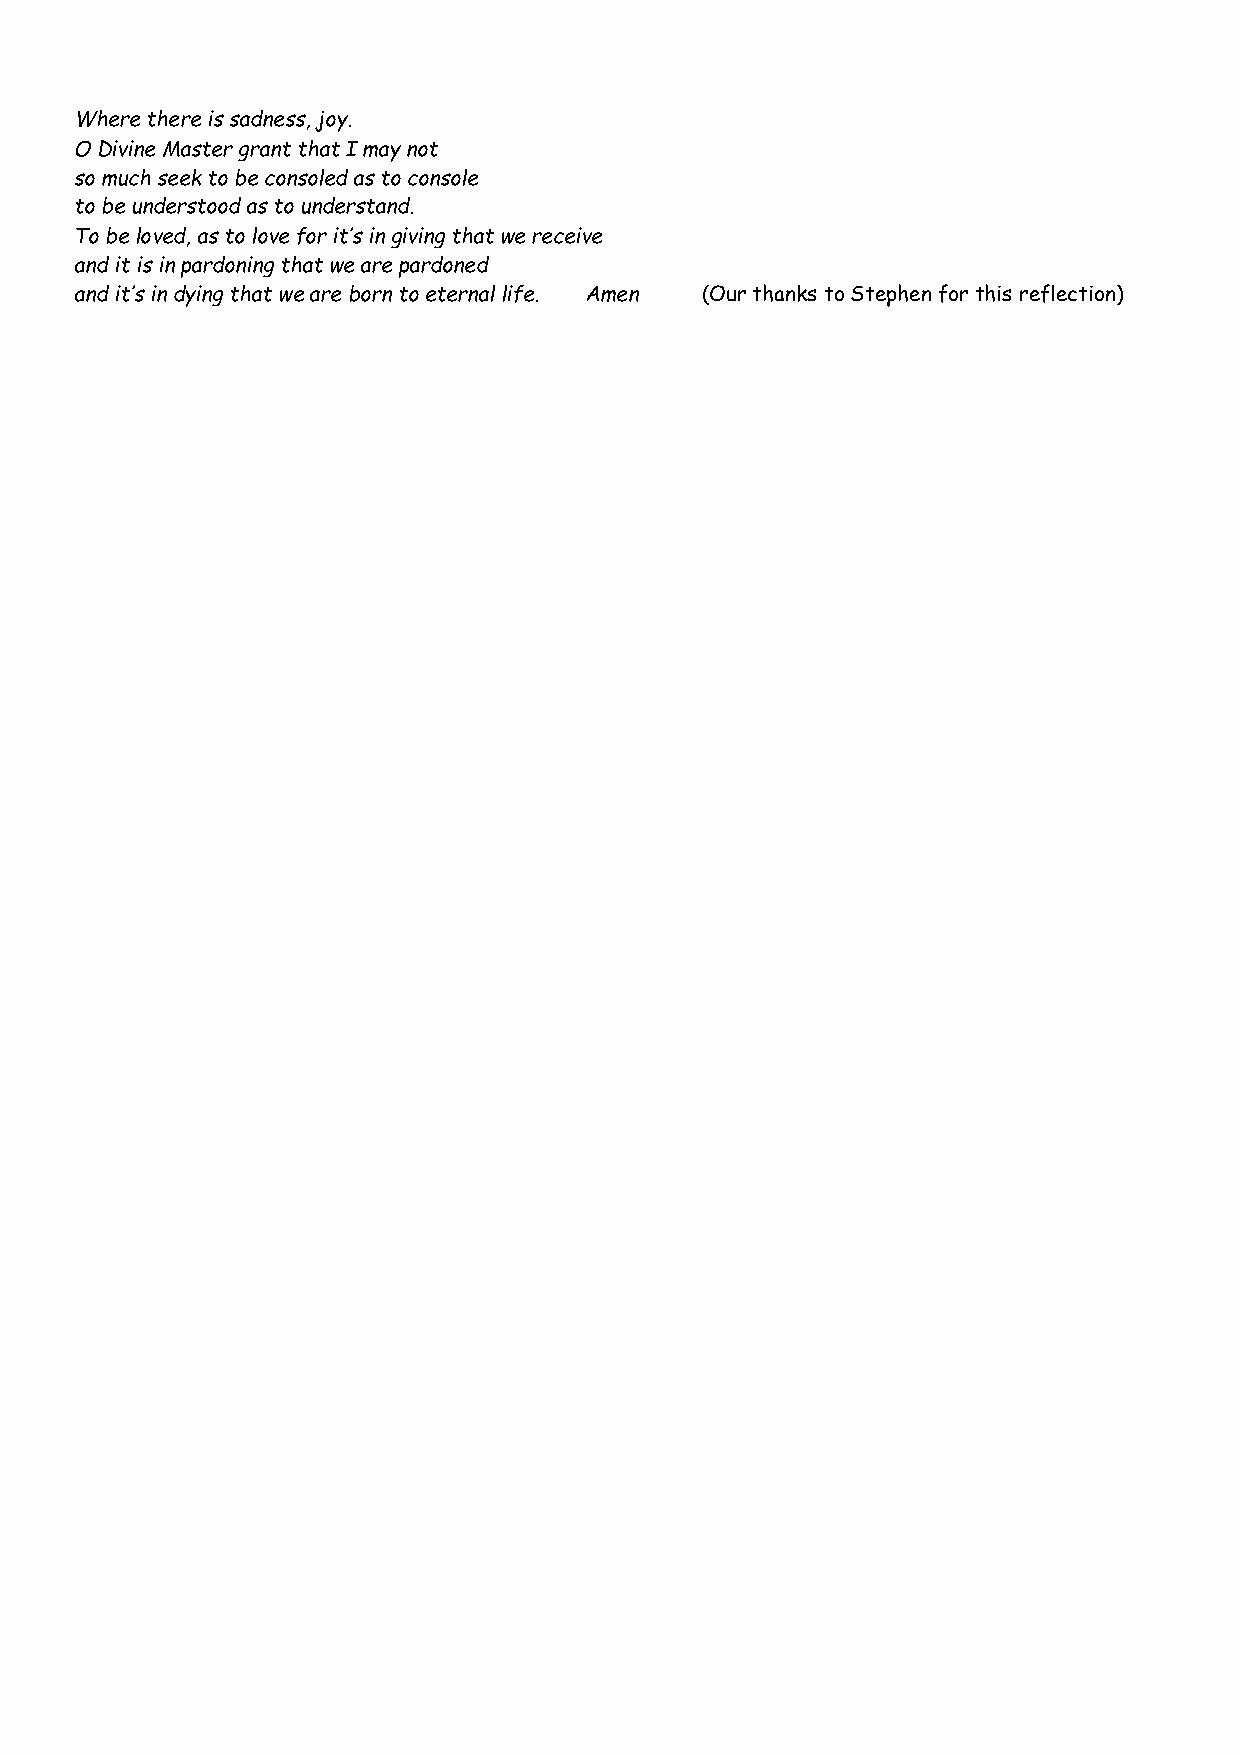
Where there is sadness, joy.
 O Divine Master grant that I may not
 so much seek to be consoled as to console
 to be understood as to understand.
 To be loved, as to love for it’s in giving that we receive
 and it is in pardoning that we are pardoned
 and it’s in dying that we are born to eternal life. Amen (Our thanks to Stephen for this reflection)